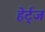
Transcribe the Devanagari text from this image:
हेर्ट्ज